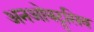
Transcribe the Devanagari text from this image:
अनओबट्रुसिव